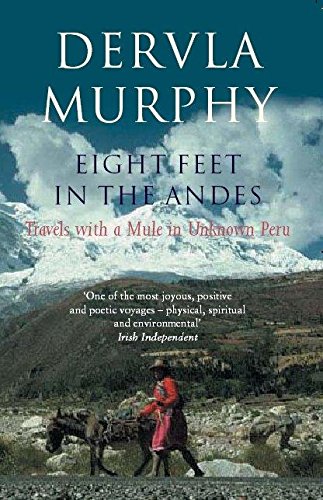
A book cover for Eight Feet in the Andes: Travels with a Mule in Unknown Peru; Dervla Murphy; Travel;